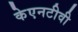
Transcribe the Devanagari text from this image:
केएनटीवी